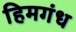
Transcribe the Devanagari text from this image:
हिमगंध